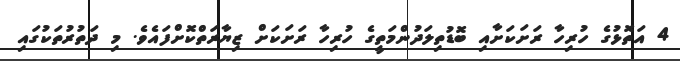
4 އަތޮޅުގެ ހުރިހާ ރަށަކަށާއި ބޮޑުތިލަދުންމަތީގެ ހުރިހާ ރަށަކަށް ޒިޔާރަތްކޮށްފައެވެ. މި ދަތުރުތަކުގައި